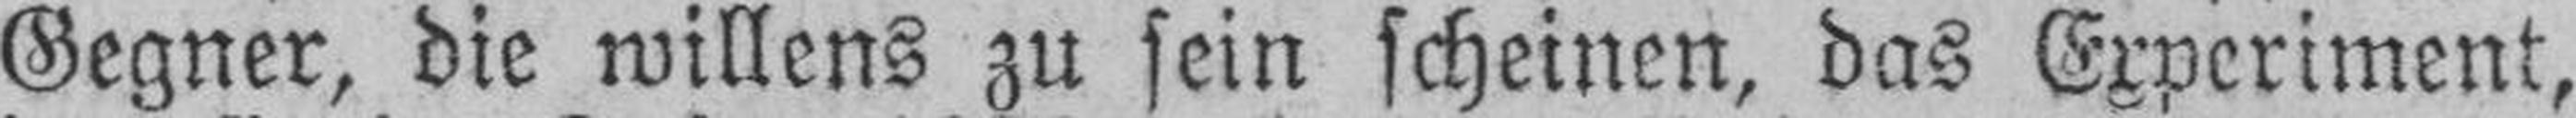
Gegner, die willens zu sein scheinen, das Experiment,